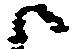
候